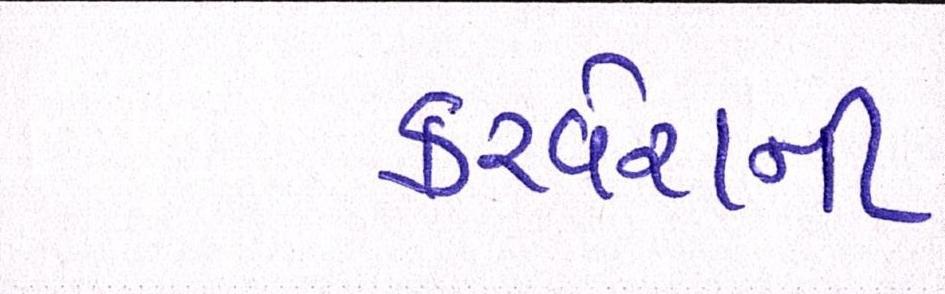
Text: કરવેરાની